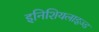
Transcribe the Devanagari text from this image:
इनिशियलाइज़्ड